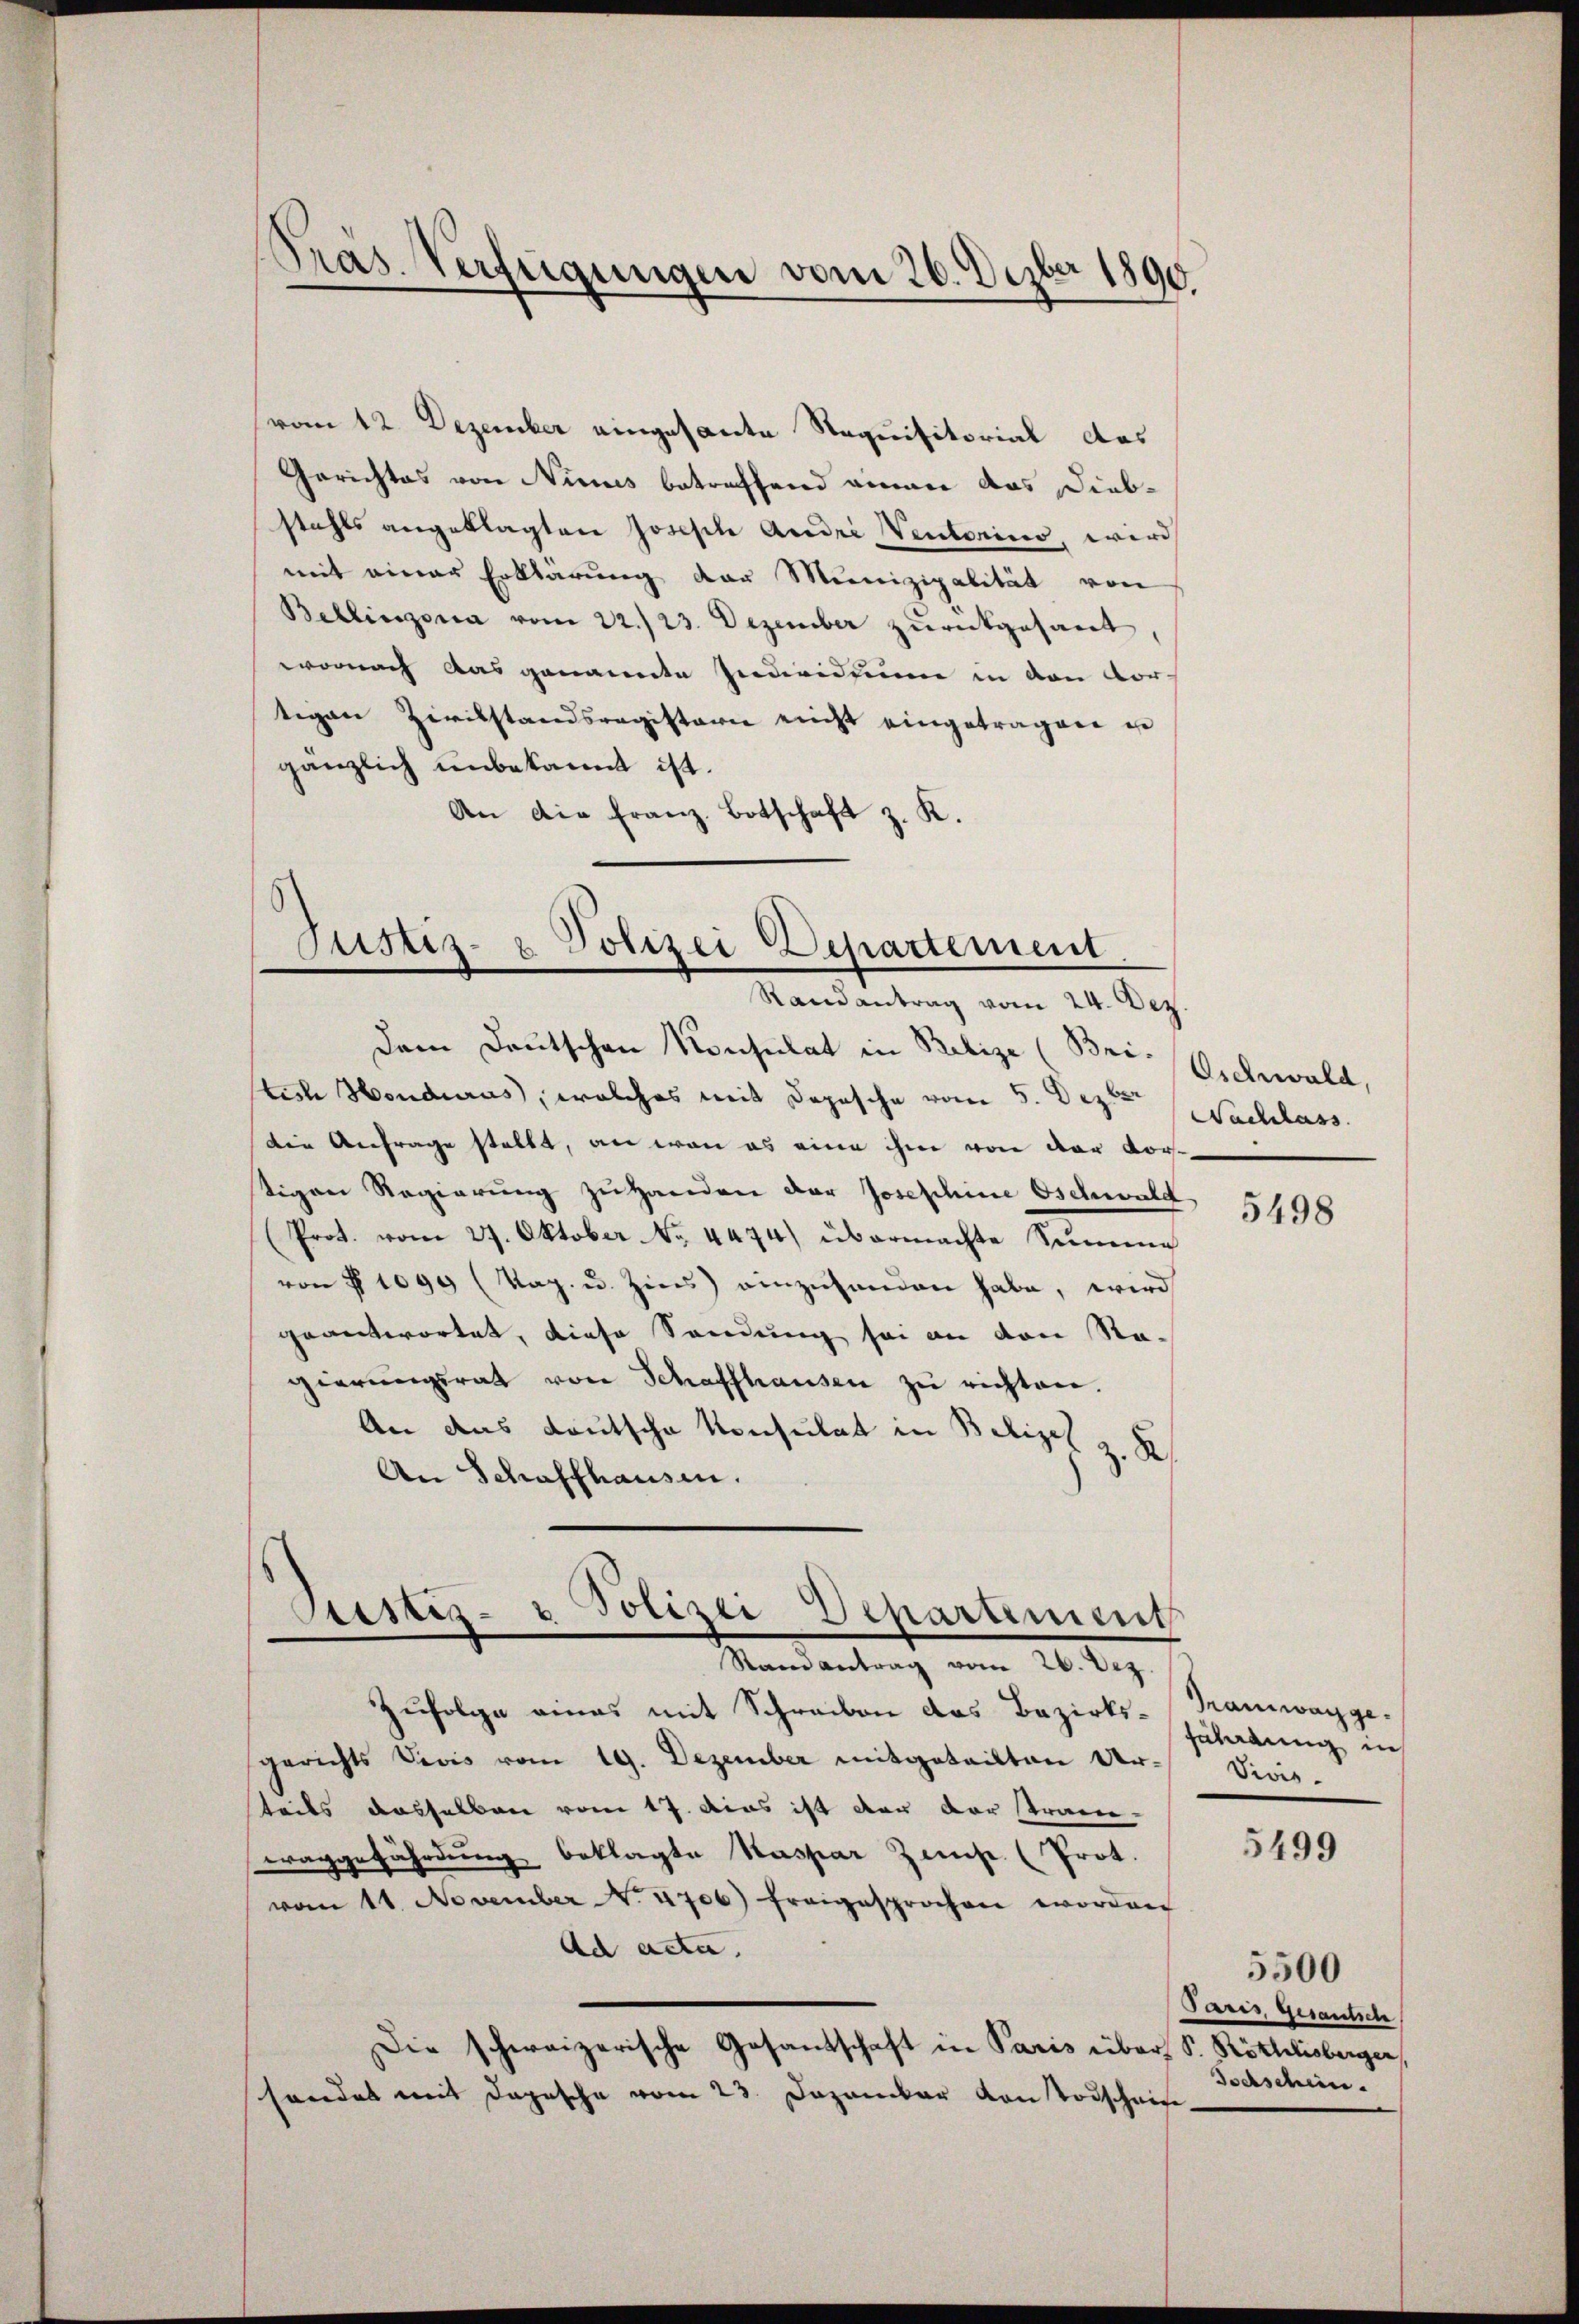
Pras-Verfügungen vom 26. Dezbr 1890.

vom 12. Dezember eingesante Requisitorial das
Gerichtes von Nicus betreffend einen das Diebstahls angeklagten Joseph Andri Ventorino, wird
mit einer Erklärung der Munizipalität von
Bellinzona vom 22./23. Dezember zurückgesant
wornach das genannte Individuum in den Vor-
tigen Zivilstandsregisterie nicht eingetragen i
gänzlich unbekannt ist.
An die Franz. Botschaft z. K.
Justiz- & Polizei Departement

Randantrag vom 24. Dez.

Dem Deutschen Konsulat in Prebize (Bri. Oschwald,
teste Hondurus, welches mit Depesche vom 5. Dezte Nachlass
Die Anfrage stellt, an wenn es eine ihm von der vortigen Regierung zu Handen der Josephine Oschwald
(Prot. vom 27. Oktober No. 4474) übermachte Summe
von § 1090 (Kap. u. Zins einzuhanden habe, wird
geantwortet, diese Sandung sei an den Nagierŭngsrat von Schaffhausen zŭ richten.
An das deutsche Konsulat in Belieh z. B.
An Schaffhausen.
Sistiz- & Polizei Departiment
Randantrag vom 26. Dez.
Zufolge eines mit Schreiben das Bezirks-Tramwaygegerichts Divis vom 19. Dezember mitgeteilten Dr-Vivis-
teils dasselben vom 17. Das ist der der stram-
waggefährdung beklagte Kaspar Zinse (Prot.
vom 11. November N. 4706) freigesprochen worden
Ach acta.
Die schweizerische Gosantschaft in Paris über S. Röthlisberger
sonder mit Depesche vom 23. Dezember von Todschause

5498

fährdung in

5499

5500
Paris, Gesantsch
Bochschein.